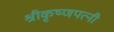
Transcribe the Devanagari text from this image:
श्रीकृष्णपत्नी